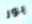
بور